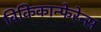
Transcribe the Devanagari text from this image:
विकिकान्फेरेन्स